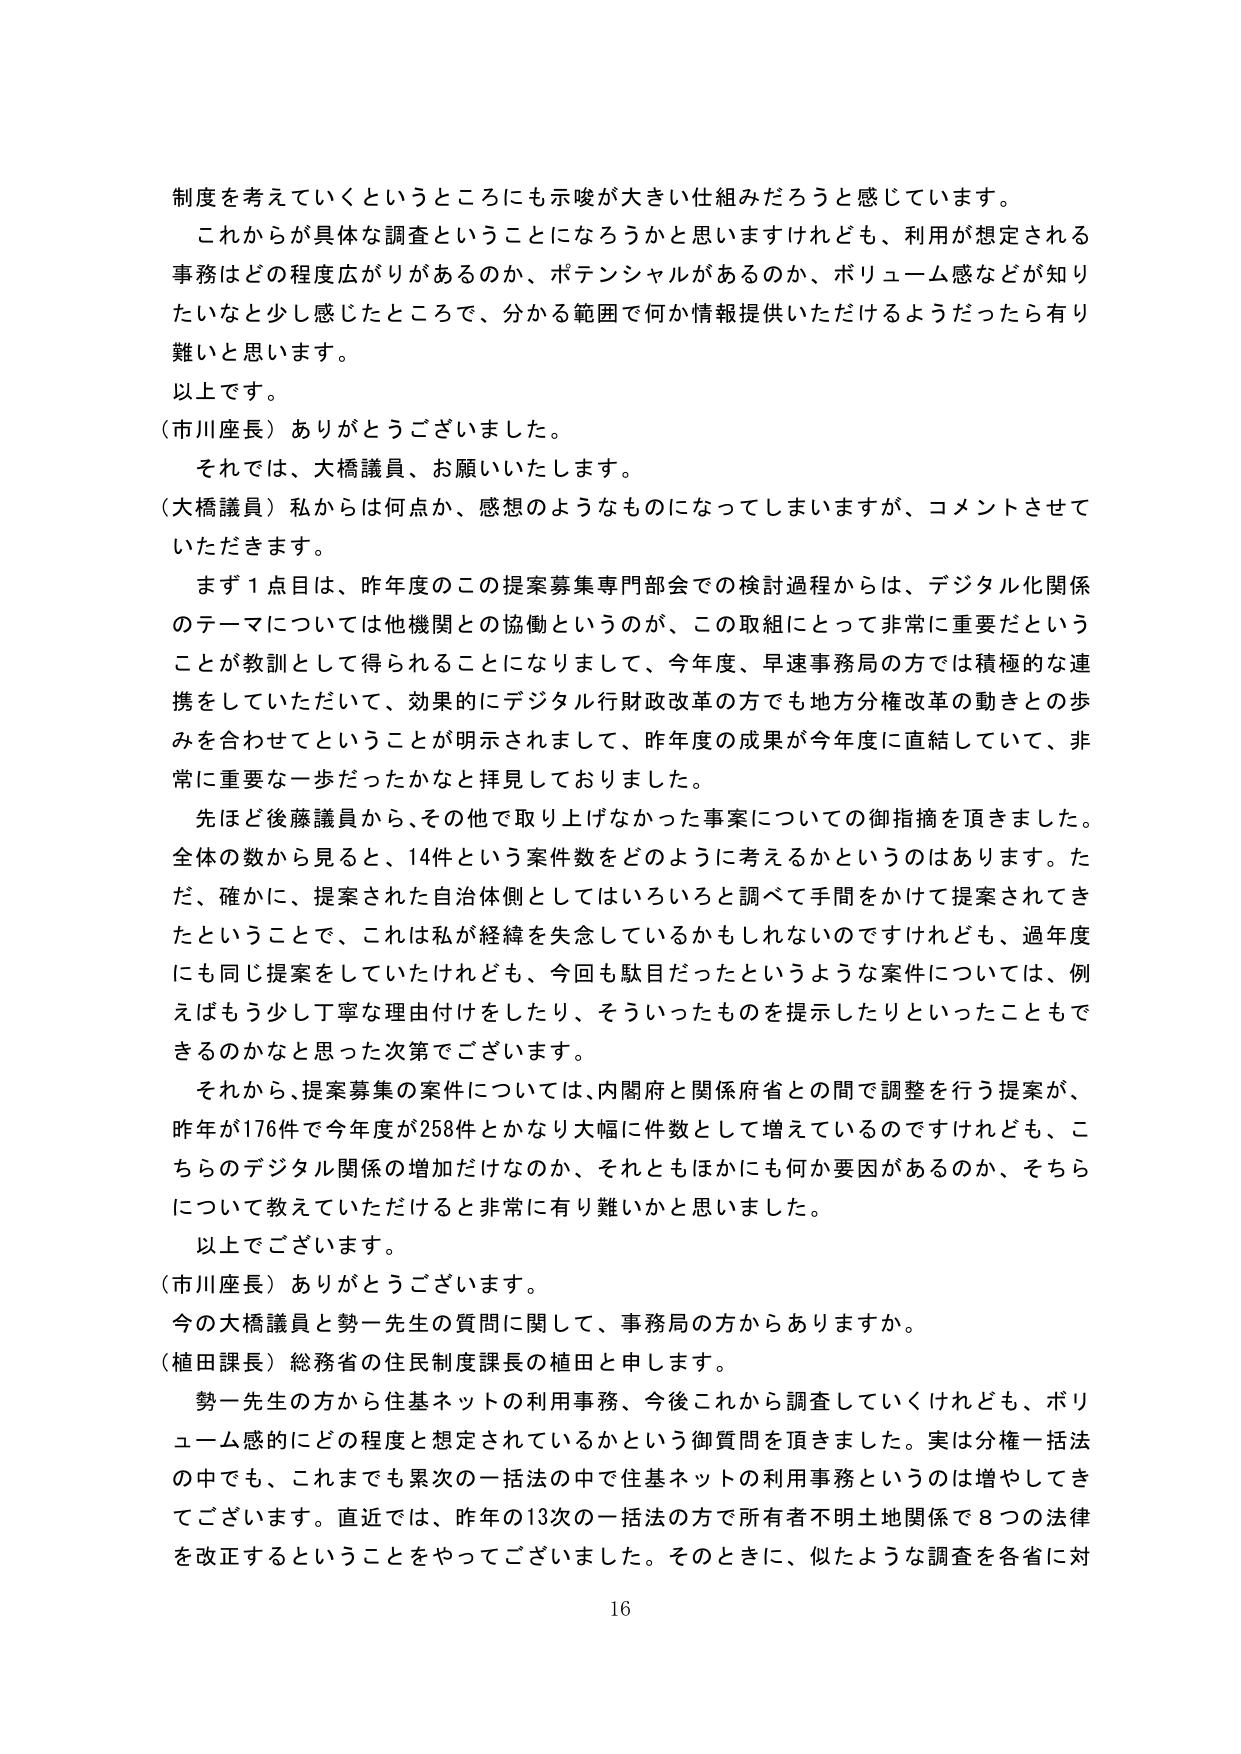
制度を考えていくというところにも示唆が大きい仕組みだろうと感じています。
これからが具体的な調査ということになろうかと思いますけれども、利用が想定される
事務はどの程度広がりがあるのか、ポテンシャルがあるのか、ボリューム感などが知り
たいなと少し感じたところで、分かる範囲で何か情報提供いただけるようだったら有り
難いと思います。
以上です。
（市川座長）ありがとうございました。
それでは、大橋議員、お願いいたします。
（大橋議員）私からは何点か、感想のようなものになってしまいますが、コメントさせて
いただきます。
まず１点目は、昨年度のこの提案募集専門部会での検討過程からは、デジタル化関係
のテーマについては他機関との協働というのが、この取組にとって非常に重要だという
ことが教訓として得られることになりまして、今年度、早速事務局の方では積極的な連
携をしていただいて、効果的にデジタル行財政改革の方でも地方分権改革の動きとの歩
みを合わせてということが明示されまして、昨年度の成果が今年度に直結していて、非
常に重要な一歩だったかなと拝見しております。
先ほど後藤議員から、その他で取り上げなかった事案についての御指摘を頂きました。
全体の数から見ると、14件という案件数をどのように考えるかというのはあります。た
だ、確かに、提案された自治体側としてはいろいろと調べて手間をかけて提案されてき
たということで、これは私が経緯を失念しているかもしれないのですけれども、過年度
にも同じ提案をしていたけれども、今回も駄目だったというような案件については、例
えばもう少し丁寧な理由付けをしたり、そういったものを提示したりといったこともで
きるのかなと思った次第でございます。
それから、提案募集の案件については、内閣府と関係府省との間で調整を行う提案が、
昨年が176件で今年度が258件とかなり大幅に件数として増えているのですけれども、こ
ちらのデジタル関係の増加だけなのか、それともほかにも何か要因があるのか、そちら
について教えていただけると非常に有り難いかと思いました。
以上でございます。
（市川座長）ありがとうございます。
今の大橋議員と勢一先生の質問に関して、事務局の方からありますか。
（植田課長）総務省の住民制度課長の植田と申します。
勢一先生の方から住基ネットの利用事務、今後これから調査していくけれども、ボリ
ューム感的にどの程度と想定されているかという御質問を頂きました。実は分権一括法
の中でも、これまでも累次の一括法の中で住基ネットの利用事務というのは増やしてき
てございます。直近では、昨年の13次の一括法の方で所有者不明土地関係で８つの法律
を改正するということをやってございました。そのときに、似たような調査を各省に対
16